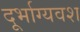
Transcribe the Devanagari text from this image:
दूर्भाग्यवश